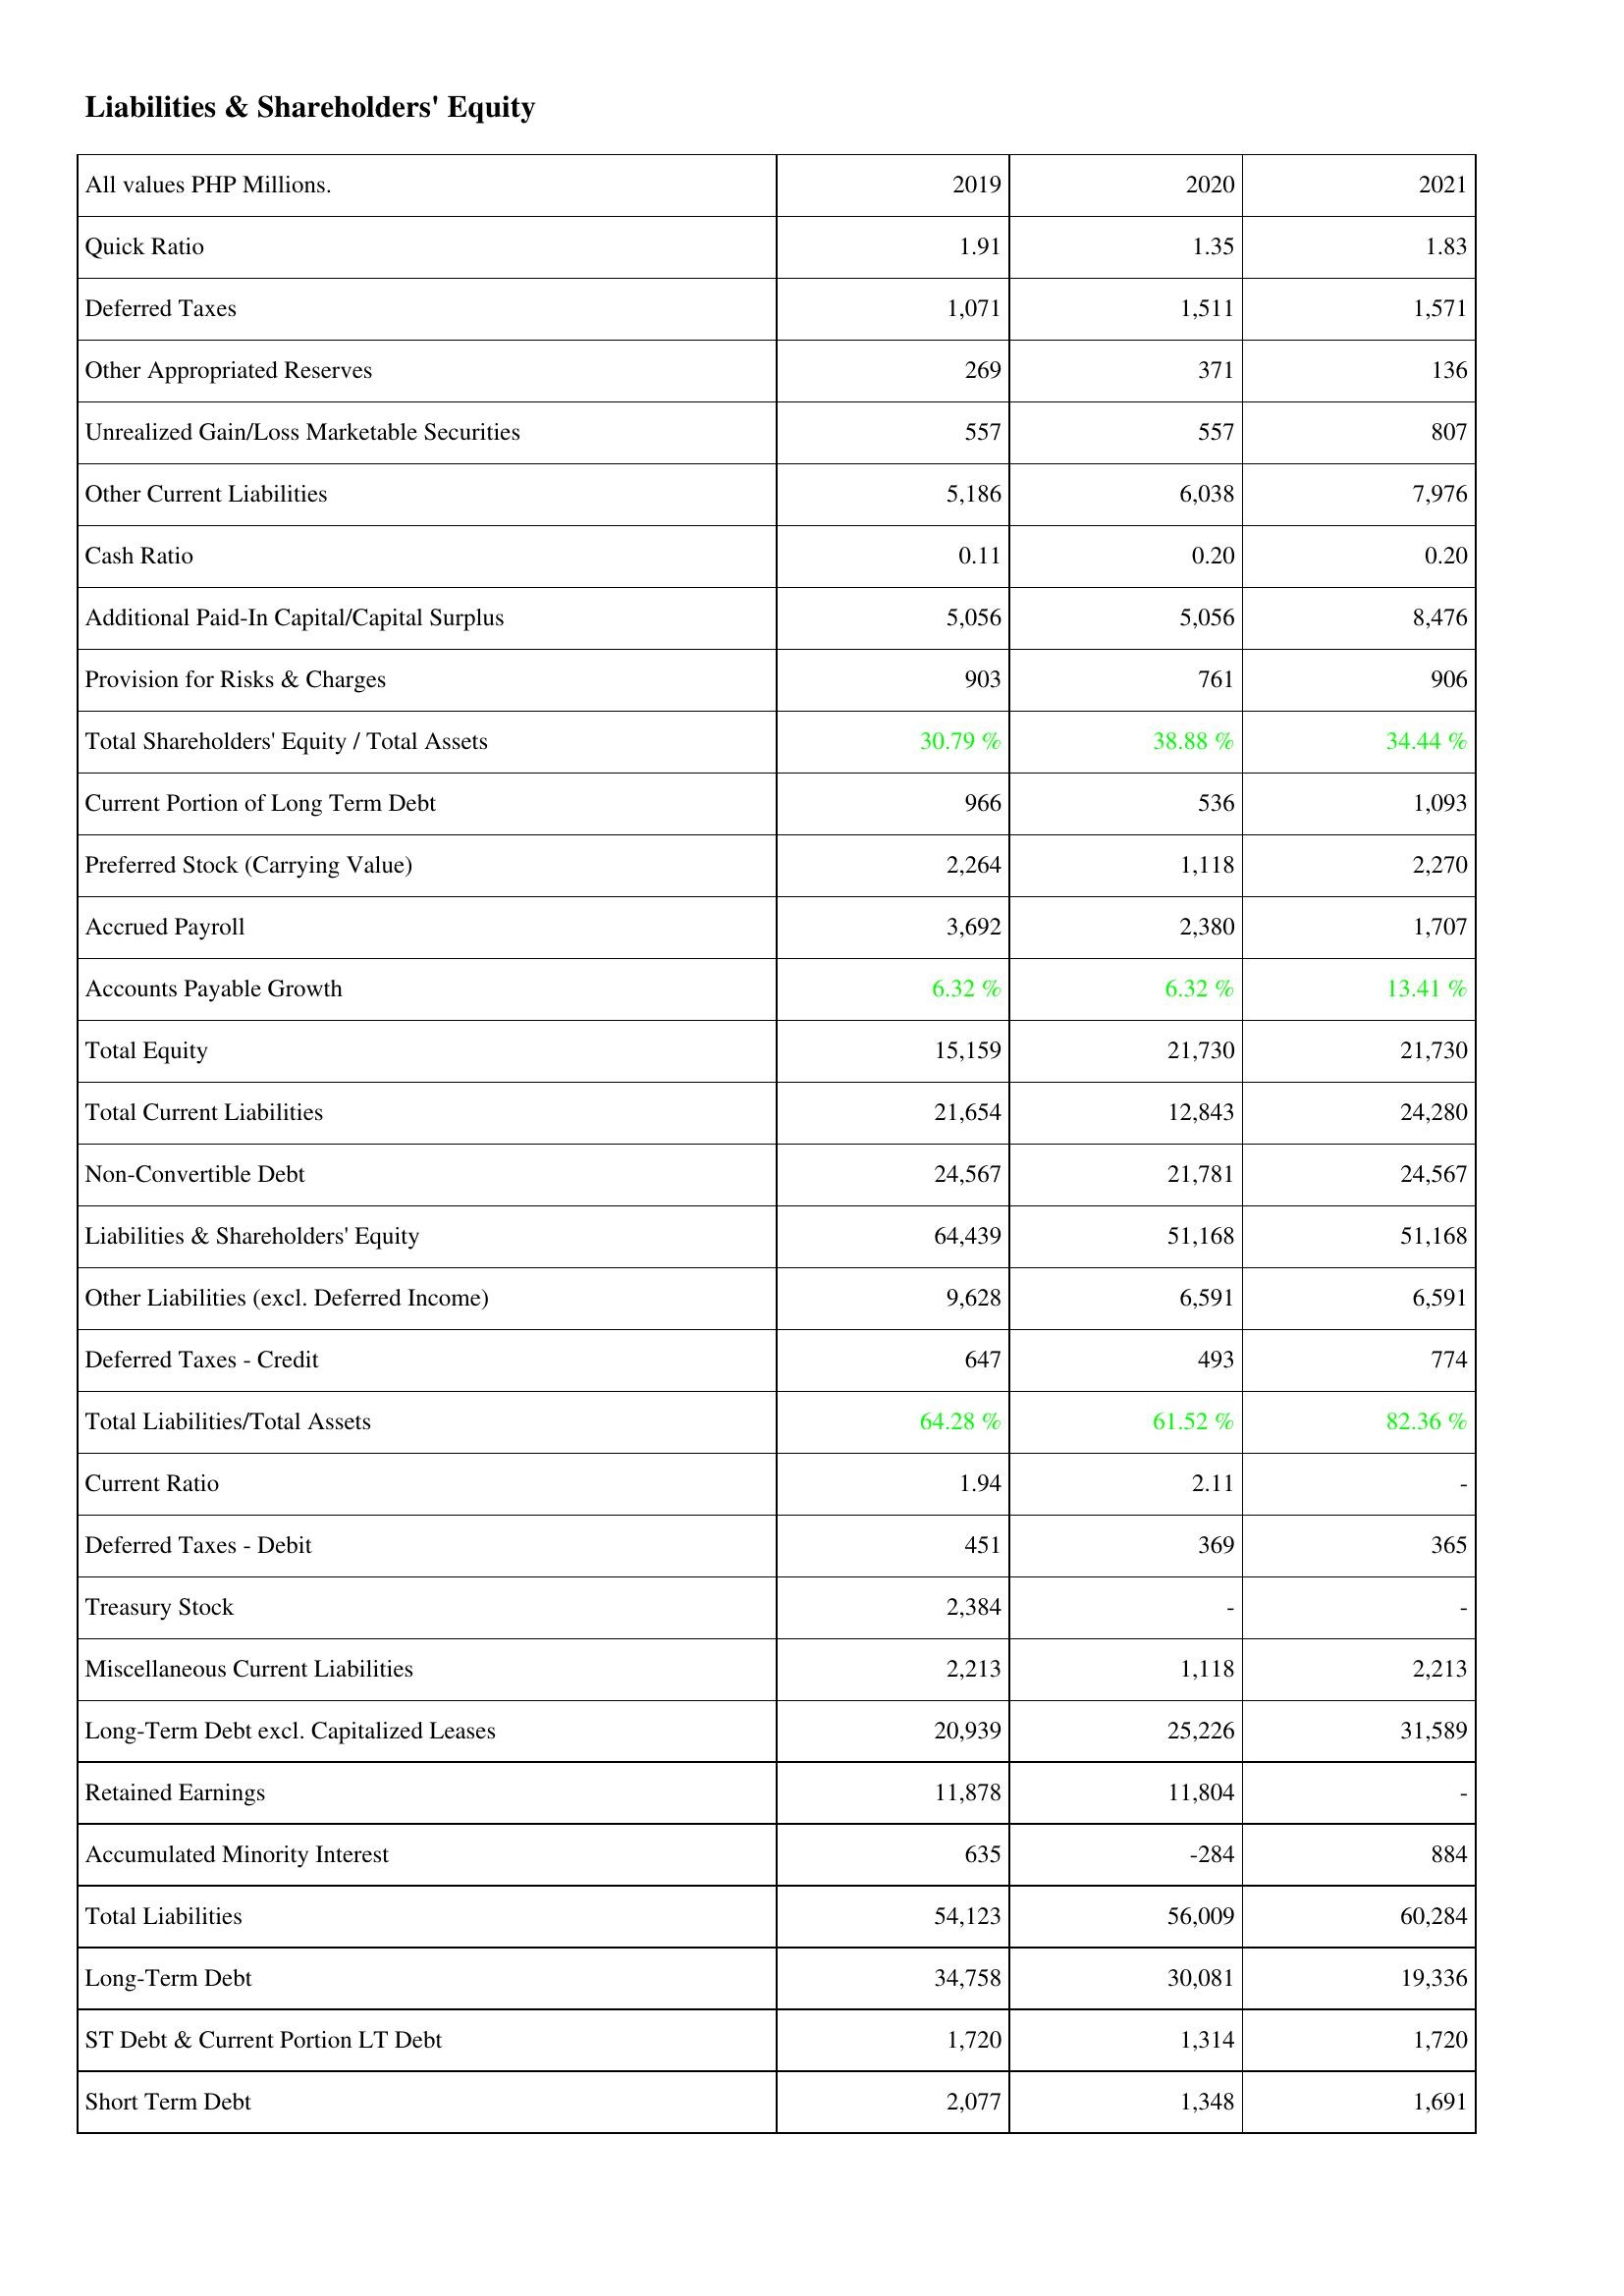
2019: Liabilities & Shareholders' Equity: Quick Ratio: 1.91
Deferred Taxes: 1,071
Other Appropriated Reserves: 269
Unrealized Gain/Loss Marketable Securities: 557
Other Current Liabilities: 5,186
Cash Ratio: 0.11
Additional Paid-In Capital/Capital Surplus: 5,056
Provision for Risks & Charges: 903
Total Shareholders' Equity / Total Assets: 30.79 %
Current Portion of Long Term Debt: 966
Preferred Stock (Carrying Value): 2,264
Accrued Payroll: 3,692
Accounts Payable Growth: 6.32 %
Total Equity: 15,159
Total Current Liabilities: 21,654
Non-Convertible Debt: 24,567
Liabilities & Shareholders' Equity: 64,439
Other Liabilities (excl. Deferred Income): 9,628
Deferred Taxes - Credit: 647
Total Liabilities/Total Assets: 64.28 %
Current Ratio: 1.94
Deferred Taxes - Debit: 451
Treasury Stock: 2,384
Miscellaneous Current Liabilities: 2,213
Long-Term Debt excl. Capitalized Leases: 20,939
Retained Earnings: 11,878
Accumulated Minority Interest: 635
Total Liabilities: 54,123
Long-Term Debt: 34,758
ST Debt & Current Portion LT Debt: 1,720
Short Term Debt: 2,077
2020: Liabilities & Shareholders' Equity: Quick Ratio: 1.35
Deferred Taxes: 1,511
Other Appropriated Reserves: 371
Unrealized Gain/Loss Marketable Securities: 557
Other Current Liabilities: 6,038
Cash Ratio: 0.20
Additional Paid-In Capital/Capital Surplus: 5,056
Provision for Risks & Charges: 761
Total Shareholders' Equity / Total Assets: 38.88 %
Current Portion of Long Term Debt: 536
Preferred Stock (Carrying Value): 1,118
Accrued Payroll: 2,380
Accounts Payable Growth: 6.32 %
Total Equity: 21,730
Total Current Liabilities: 12,843
Non-Convertible Debt: 21,781
Liabilities & Shareholders' Equity: 51,168
Other Liabilities (excl. Deferred Income): 6,591
Deferred Taxes - Credit: 493
Total Liabilities/Total Assets: 61.52 %
Current Ratio: 2.11
Deferred Taxes - Debit: 369
Treasury Stock: -
Miscellaneous Current Liabilities: 1,118
Long-Term Debt excl. Capitalized Leases: 25,226
Retained Earnings: 11,804
Accumulated Minority Interest: -284
Total Liabilities: 56,009
Long-Term Debt: 30,081
ST Debt & Current Portion LT Debt: 1,314
Short Term Debt: 1,348
2021: Liabilities & Shareholders' Equity: Quick Ratio: 1.83
Deferred Taxes: 1,571
Other Appropriated Reserves: 136
Unrealized Gain/Loss Marketable Securities: 807
Other Current Liabilities: 7,976
Cash Ratio: 0.20
Additional Paid-In Capital/Capital Surplus: 8,476
Provision for Risks & Charges: 906
Total Shareholders' Equity / Total Assets: 34.44 %
Current Portion of Long Term Debt: 1,093
Preferred Stock (Carrying Value): 2,270
Accrued Payroll: 1,707
Accounts Payable Growth: 13.41 %
Total Equity: 21,730
Total Current Liabilities: 24,280
Non-Convertible Debt: 24,567
Liabilities & Shareholders' Equity: 51,168
Other Liabilities (excl. Deferred Income): 6,591
Deferred Taxes - Credit: 774
Total Liabilities/Total Assets: 82.36 %
Current Ratio: -
Deferred Taxes - Debit: 365
Treasury Stock: -
Miscellaneous Current Liabilities: 2,213
Long-Term Debt excl. Capitalized Leases: 31,589
Retained Earnings: -
Accumulated Minority Interest: 884
Total Liabilities: 60,284
Long-Term Debt: 19,336
ST Debt & Current Portion LT Debt: 1,720
Short Term Debt: 1,691